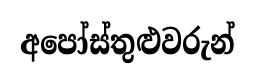
අපෝස්තුළුවරුන්